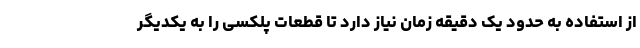
از استفاده به حدود یک دقیقه زمان نیاز دارد تا قطعات پلکسی را به یکدیگر